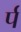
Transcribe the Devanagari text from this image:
र्प